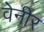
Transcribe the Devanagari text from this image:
वेनीर